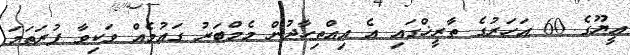
އީޔޫގެ 60 އަހަރުގެ ތާރީޚްގައި އެ އިއްތިހާދުން މެމްބަރު ގައުމެއް ވަކިވާ ފުރަތަމަ